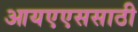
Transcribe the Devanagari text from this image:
आयएएससाठी